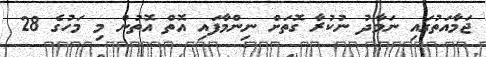
ޖަމާއަތުގައި ނަމާދު ނުކުރާ ގޮތަށް ނިންމާފައި އޮތް އޮތުން މި މަހުގެ 28